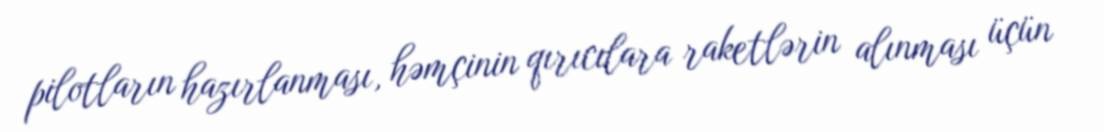
pilotların hazırlanması, həmçinin qırıcılara raketlərin alınması üçün